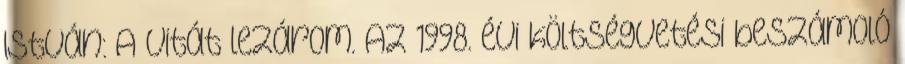
István: A vitát lezárom. Az 1998. évi költségvetési beszámoló